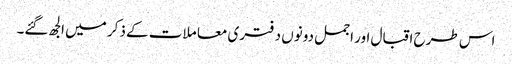
اس طرح اقبال اور اجمل دونوں د فتری معا ملات کے ذکر میں الجھ گئے۔